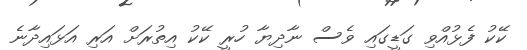
ކޭކު ފެޅުއްވި ގަޑީގައި ވެސް ނާދިޔާ ހުރީ ކޭކު އިތުރަށް އަރި އަޅައިދާނެ